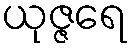
ယုဇ္ဇရေ